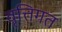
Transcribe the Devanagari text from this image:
वृत्तिगत